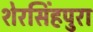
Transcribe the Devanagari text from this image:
शेरसिंहपुरा